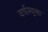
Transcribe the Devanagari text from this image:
वर्चस्युक्त